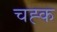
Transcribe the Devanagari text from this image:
चह्क